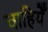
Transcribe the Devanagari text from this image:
चाहियेँ